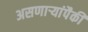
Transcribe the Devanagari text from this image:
असणाऱ्यांपैकी